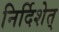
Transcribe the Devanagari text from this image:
निर्दिशेत्